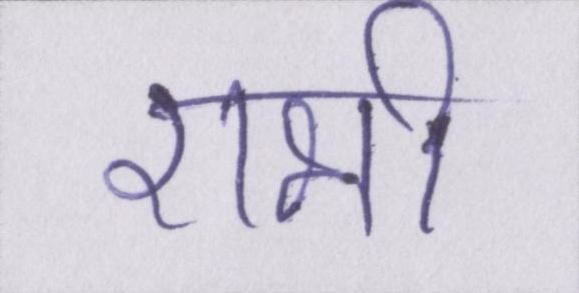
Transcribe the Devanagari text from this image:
राभी